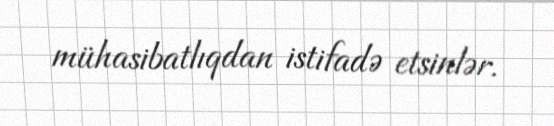
mühasibatlıqdan istifadə etsinlər.